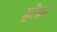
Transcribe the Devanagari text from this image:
होक्र